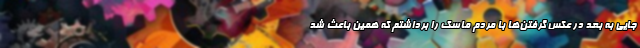
جایی به بعد در عکس گرفتن‌ها با مردم ماسک را برداشتم که همین باعث شد